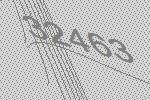
32463